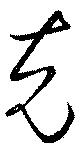
克